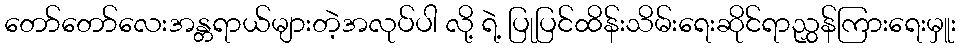
တော်တော်လေးအန္တရာယ်များတဲ့အလုပ်ပါ လို့ ရဲ့ ပြုပြင်ထိန်းသိမ်းရေးဆိုင်ရာညွှန်ကြားရေးမှူး